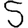
Digit: 5